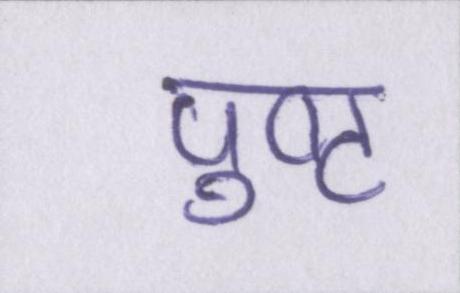
पुष्ट